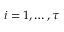
i = 1 , \dots , \tau